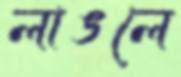
লাঙলে